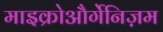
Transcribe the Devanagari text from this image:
माइक्रोऔर्गेनिज़म